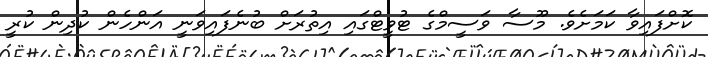
ކޮށްފައިވާ ކަމަށެވެ. މޫސާ ވަސީމްގެ ޓުވީޓްގައި އިތުރަށް ބުނެފައިވަނީ އަންހެން ކުދިން ކުރީ